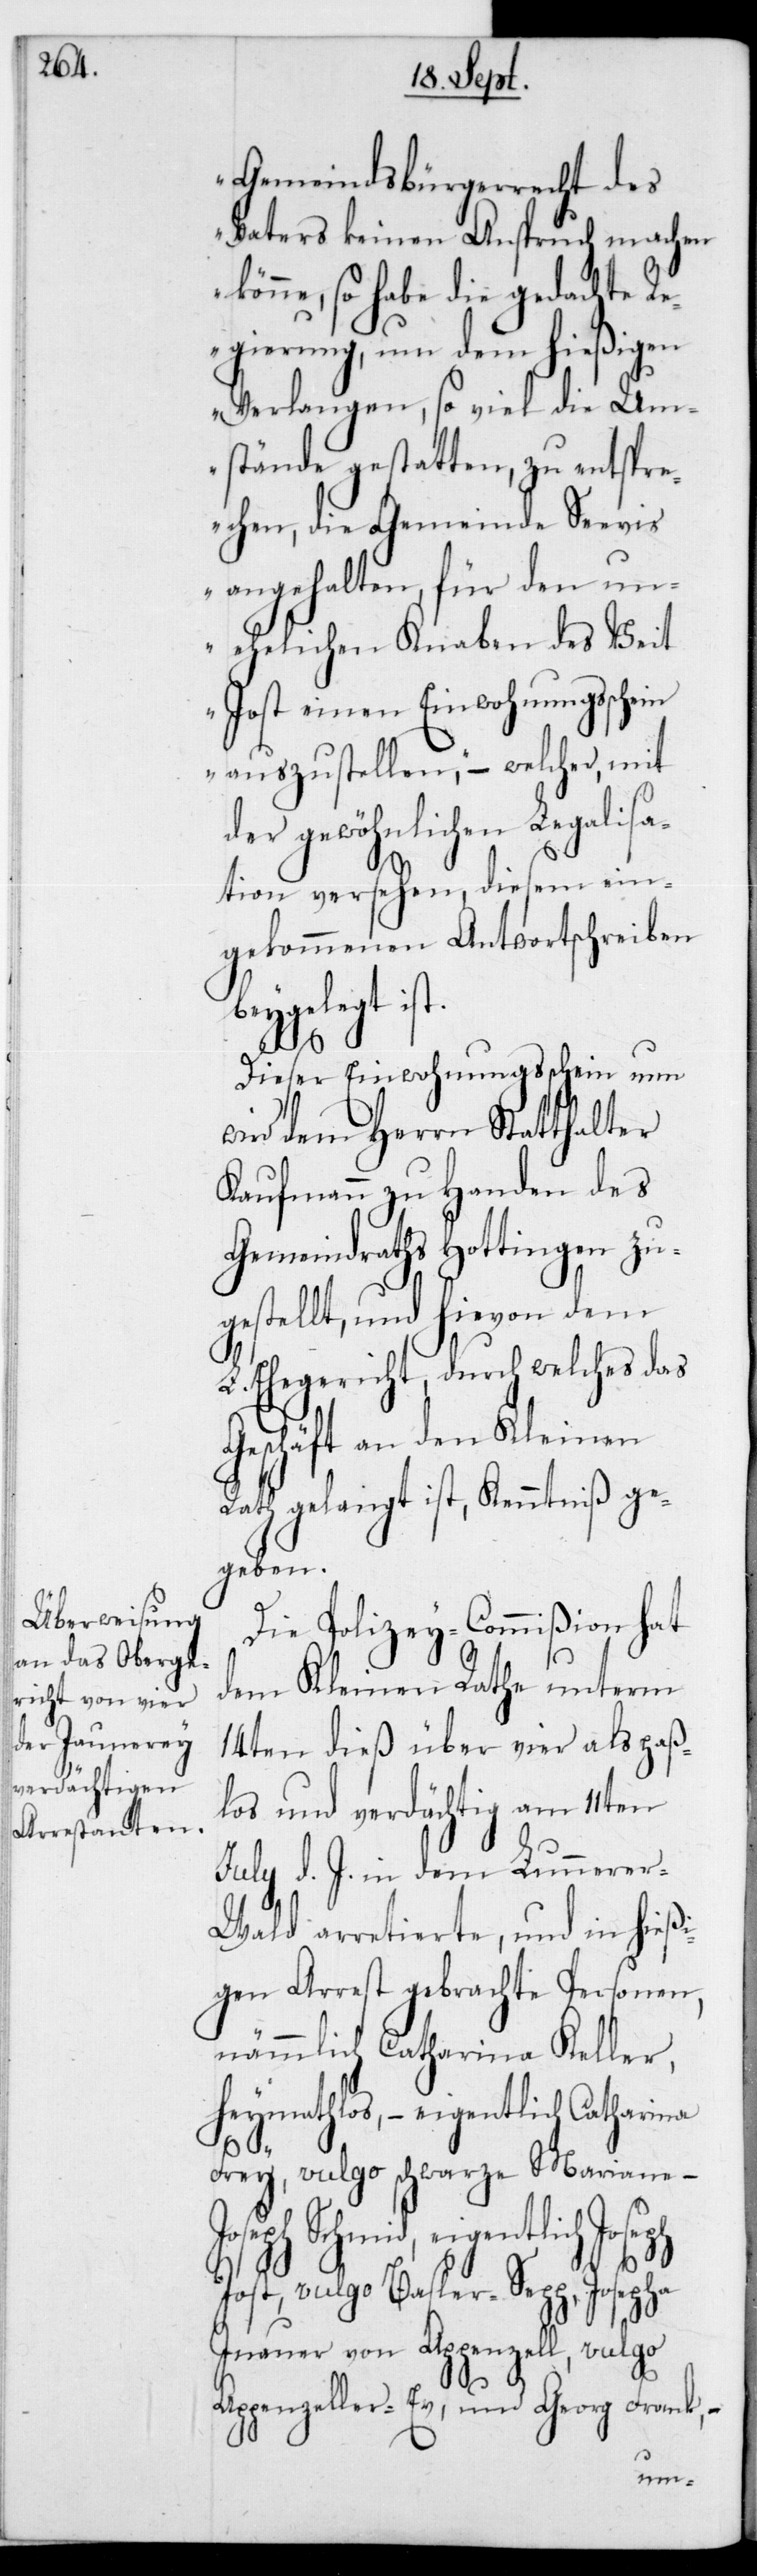
Jo¬

Gemeindsbürgerrecht des
Vaters keinen Anspruch machen
könne, so habe die gedachte R¬
egierung, um dem hießigen
Verlangen, so viel die Um¬
stände gestatten, zu entspre¬
chen, die Gemeinde Seevis
angehalten, für den un¬
t.
ehelichen Knaben des Veit
Jost einen Einwohnungsschein
auszustellen“, – welcher, mit
der gewöhnlichen Legalisa¬
tion versehen, diesem ein¬
gekommenen Antwortschreiben
beygelegt is¬
Dieser Einwohnungsschein nun
wird dem Herrn Statthalter
Kaufmann zu Handen des
Gemeindraths Hottingen zu¬
gestellt, und hievon dem
L. Ehegericht, durch welches das
Geschäft an den Kleinen
Rath gelangt ist, Kenntniß ge¬
geben.
Die Polizey-Commißion hat
dem Kleinen Rathe unterm
14ten dieß über vier als paß¬
los und verdächtig am 11ten
July d. J. in dem Lunnere¬
r-Wald arretierte, und in hießi¬
gen Arrest gebrachte Personen,
nämmlich Catharina Keller,
Heymathlos, – eigentlich Catharina
Frey, vulgo schwarze Marianne –
seph Schmid, eigentlich
Jost, vulgo Basler-Sepp, Josepha
Inauer von Appenzell, vulgo
Appenzeller-Ev; und Georg Frank, –